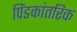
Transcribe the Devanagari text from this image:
पिंडकांतरिक